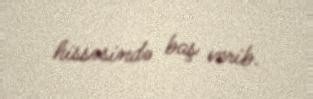
hissəsində baş verib.